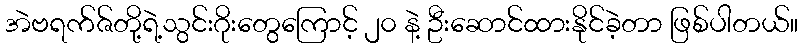
အဲဗရက်ဇ်တို့ရဲ့သွင်းဂိုးတွေကြောင့် ၂၀ နဲ့ ဦးဆောင်ထားနိုင်ခဲ့တာ ဖြစ်ပါတယ်။